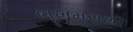
ભૂખમરાથી